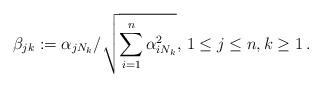
LaTeX: \begin{align*} \beta_{jk}:=\alpha_{jN_k}/\sqrt{\sum_{i=1}^n\alpha_{iN_k}^2},\,1\le j\le n,k\ge1\,.\end{align*}